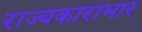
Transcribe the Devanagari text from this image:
राज्यकाराभार